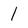
Character: l